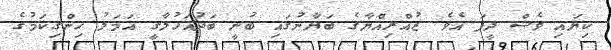
ކިޔައި ވެސް ދީފަ އެވެ. ޒުއްރިއްޔާގެ ބަޔާނުގައި ބުނީ ބަދުއަހުލާގީ އަމަލު ހިންގިކަމުގެ